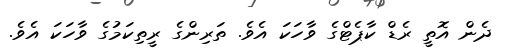
ދެން އޮތީ ރެޑް ކާޕެޓްގެ ވާހަކަ އެވެ. ތަރިންގެ ރީތިކަމުގެ ވާހަކަ އެވެ.